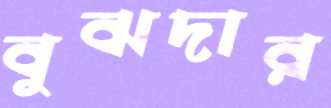
বুঝদার